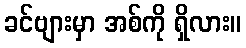
ခင်ဗျားမှာ အစ်ကို ရှိလား။